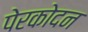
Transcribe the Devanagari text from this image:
पेरकोदन